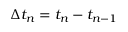
\Delta t _ { n } = t _ { n } - t _ { n - 1 }